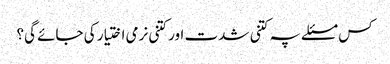
کس مسئلے پہ کتنی شدت اور کتنی نرمی اختیار کی جائے گی؟